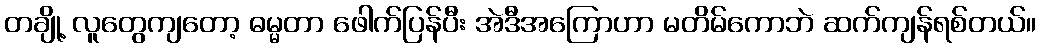
တချို့ လူတွေကျတော့ ဓမ္မတာ ဖေါက်ပြန်ပီး အဲဒီအကြောဟာ မတိမ်ကောဘဲ ဆက်ကျန်ရစ်တယ်။